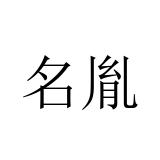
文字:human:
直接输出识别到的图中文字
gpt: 名胤